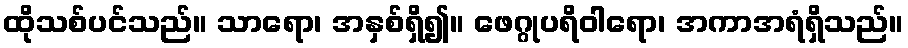
ထိုသစ်ပင်သည်။ သာရော၊ အနှစ်ရှိ၍။ ဖေဂ္ဂုပရိဝါရော၊ အကာအရံရှိသည်။